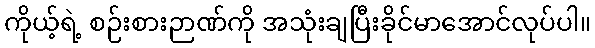
ကိုယ့်ရဲ့ စဉ်းစားဉာဏ်ကို အသုံးချပြီးခိုင်မာအောင်လုပ်ပါ။